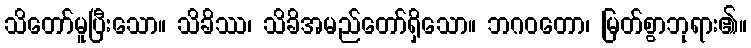
သိတော်မူပြီးသော။ သိခိဿ၊ သိခိအမည်တော်ရှိသော။ ဘဂဝတော၊ မြတ်စွာဘုရား၏။